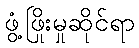
ဖွံ့ဖြိုးမှုဆိုင်ရာ